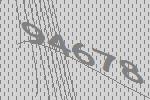
94678